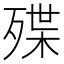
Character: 殜